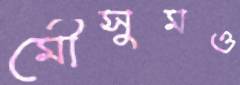
মৌসুমও